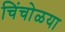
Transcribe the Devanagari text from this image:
चिंचोळया